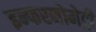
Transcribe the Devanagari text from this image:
इन्फरनोमेट्री